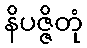
နိပဇ္ဇိတုံ